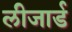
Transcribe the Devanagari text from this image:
लीजार्ड